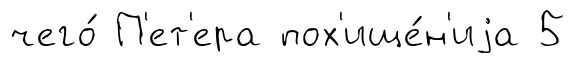
чего́ П'ет'ера пох'ище́н'иjа 5